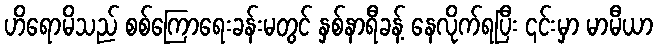
ဟိရောမိသည် စစ်ကြောရေးခန်းမတွင် နှစ်နာရီခန့် နေလိုက်ရပြီး ၎င်းမှာ မာမီယာ